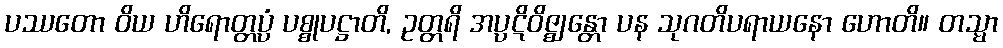
ပဿတော ဝိယ ဟိရောတ္တပ္ပံ ပစ္စုပဋ္ဌာတိ, ဥတ္တရိ အပ္ပဋိဝိဇ္ဈန္တော ပန သုဂတိပရာယနော ဟောတိ။ တသ္မာ